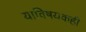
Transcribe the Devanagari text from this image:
याविषयकही